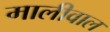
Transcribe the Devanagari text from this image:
मालीवाल